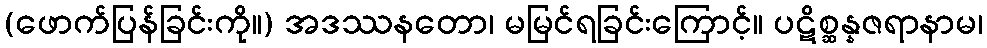
(ဖောက်ပြန်ခြင်းကို။) အဒဿနတော၊ မမြင်ရခြင်းကြောင့်။ ပဋိစ္ဆန္နဇရာနာမ၊